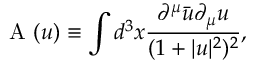
\mathrm { ~ \cal { A } ~ } ( u ) \equiv \int d ^ { 3 } x \frac { \partial ^ { \mu } \bar { u } \partial _ { \mu } u } { ( 1 + | u | ^ { 2 } ) ^ { 2 } } ,